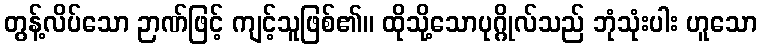
တွန့်လိပ်သော ဉာဏ်ဖြင့် ကျင့်သူဖြစ်၏။ ထိုသို့သောပုဂ္ဂိုလ်သည် ဘုံသုံးပါး ဟူသော